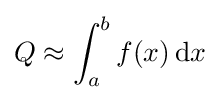
Q\approx \int _{a}^{b}f(x)\,\mathrm {d} x